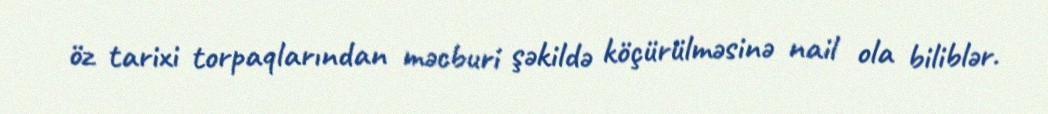
öz tarixi torpaqlarından məcburi şəkildə köçürülməsinə nail ola biliblər.